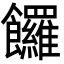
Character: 饠